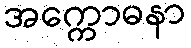
အက္ကောဓနာ